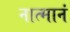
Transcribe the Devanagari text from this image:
नात्मानं